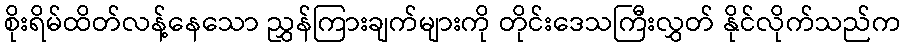
စိုးရိမ်ထိတ်လန့်နေသော ညွှန်ကြားချက်များကို တိုင်းဒေသကြီးလွှတ် နိုင်လိုက်သည်က